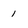
Character: 1